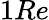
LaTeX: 1Re